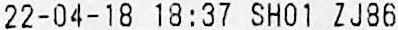
22-04-18 18:37 SH01 ZJ86